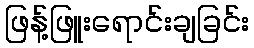
ဖြန့်ဖြူးရောင်းချခြင်း